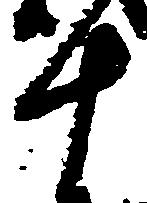
十